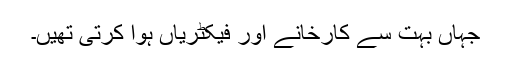
جہاں بہت سے کارخانے اور فیکٹریاں ہوا کرتی تھیں۔